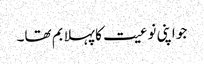
جو اپنی نوعیت کا پہلا بم تھا۔